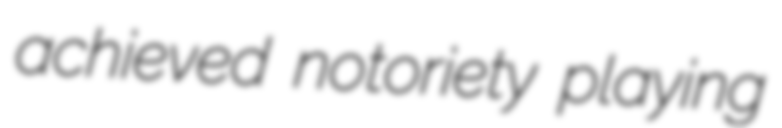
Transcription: achieved notoriety playing